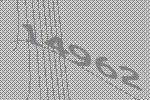
14962